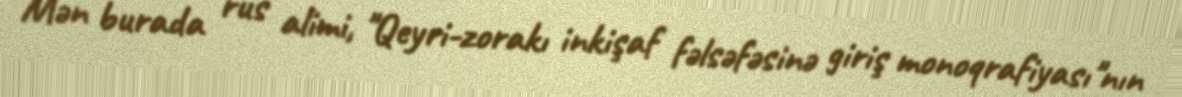
Mən burada rus alimi, "Qeyri-zorakı inkişaf fəlsəfəsinə giriş monoqrafiyası"nın